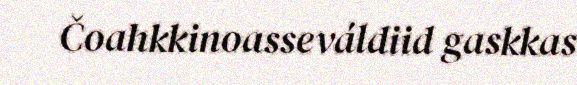
Čoahkkinoasseváldiid gaskkas